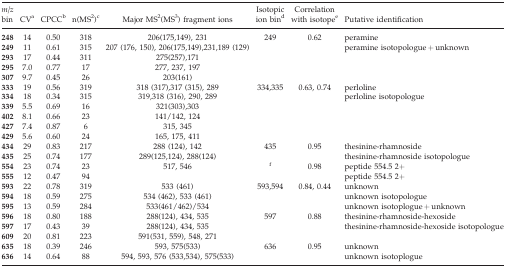
<table><thead><tr><td><b><i>m/z</i> bin</b></td><td><b>CVa</b></td><td><b>CPCCb</b></td><td><b>n(MS<sup>2</sup>)c</b></td><td><b>Major MS<sup>2</sup>(MS<sup>3</sup>) fragment ions</b></td><td><b>Isotopic ion bind</b></td><td><b>Correlation with isotopee</b></td><td><b>Putative identification</b></td></tr></thead><tbody><tr><td><b>248</b></td><td>14</td><td>0.50</td><td>318</td><td>206(175,149), 231</td><td>249</td><td>0.62</td><td>peramine</td></tr><tr><td><b>249</b></td><td>11</td><td>0.61</td><td>315</td><td>207 (176, 150), 206(175,149),231,189 (129)</td><td></td><td></td><td>peramine isotopologue + unknown</td></tr><tr><td><b>293</b></td><td>17</td><td>0.44</td><td>311</td><td>275(257),171</td><td></td><td></td><td></td></tr><tr><td><b>295</b></td><td>7.0</td><td>0.77</td><td>17</td><td>277, 237, 197</td><td></td><td></td><td></td></tr><tr><td><b>307</b></td><td>9.7</td><td>0.45</td><td>26</td><td>203(161)</td><td></td><td></td><td></td></tr><tr><td><b>333</b></td><td>19</td><td>0.56</td><td>319</td><td>318 (317),317 (315), 289</td><td>334,335</td><td>0.63, 0.74</td><td>perloline</td></tr><tr><td><b>334</b></td><td>18</td><td>0.34</td><td>315</td><td>319,318 (316), 290, 289</td><td></td><td></td><td>perloline isotopologue</td></tr><tr><td><b>339</b></td><td>5.5</td><td>0.69</td><td>16</td><td>321(303),303</td><td></td><td></td><td></td></tr><tr><td><b>402</b></td><td>8.1</td><td>0.66</td><td>23</td><td>141/142, 124</td><td></td><td></td><td></td></tr><tr><td><b>427</b></td><td>7.4</td><td>0.87</td><td>6</td><td>315, 345</td><td></td><td></td><td></td></tr><tr><td><b>429</b></td><td>5.6</td><td>0.60</td><td>24</td><td>165, 175, 411</td><td></td><td></td><td></td></tr><tr><td><b>434</b></td><td>29</td><td>0.83</td><td>217</td><td>288 (124), 142</td><td>435</td><td>0.95</td><td>thesinine-rhamnoside</td></tr><tr><td><b>435</b></td><td>25</td><td>0.74</td><td>177</td><td>289(125,124), 288(124)</td><td></td><td></td><td>thesinine-rhamnoside isotopologue</td></tr><tr><td><b>554</b></td><td>23</td><td>0.74</td><td>23</td><td>517, 546</td><td>f</td><td>0.98</td><td>peptide 554.5 2+</td></tr><tr><td><b>555</b></td><td>12</td><td>0.47</td><td>94</td><td></td><td></td><td></td><td>peptide 554.5 2+</td></tr><tr><td><b>593</b></td><td>22</td><td>0.78</td><td>319</td><td>533 (461)</td><td>593,594</td><td>0.84, 0.44</td><td>unknown</td></tr><tr><td><b>594</b></td><td>18</td><td>0.59</td><td>275</td><td>534 (462), 533 (461)</td><td></td><td></td><td>unknown isotopologue</td></tr><tr><td><b>595</b></td><td>13</td><td>0.59</td><td>284</td><td>533(461/462)/534</td><td></td><td></td><td>unknown isotoplogue + unknown</td></tr><tr><td><b>596</b></td><td>18</td><td>0.80</td><td>188</td><td>288(124), 434, 535</td><td>597</td><td>0.88</td><td>thesinine-rhamnoside-hexoside</td></tr><tr><td><b>597</b></td><td>17</td><td>0.43</td><td>39</td><td>288(124), 434, 535</td><td></td><td></td><td>thesinine-rhamnoside-hexoside isotopologue</td></tr><tr><td><b>609</b></td><td>20</td><td>0.81</td><td>223</td><td>591(531, 559), 548, 271</td><td></td><td></td><td></td></tr><tr><td><b>635</b></td><td>18</td><td>0.39</td><td>246</td><td>593, 575(533)</td><td>636</td><td>0.95</td><td>unknown</td></tr><tr><td><b>636</b></td><td>14</td><td>0.64</td><td>88</td><td>594, 593, 576 (533,534), 575(533)</td><td></td><td></td><td>unknown isotoplogue</td></tr></tbody></table>